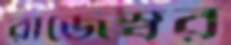
রাজেস্বর